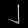
Digit: ၂